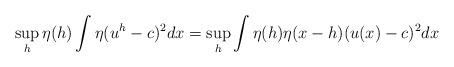
LaTeX: \begin{align*}\sup_h\eta(h)\int\eta(u^h-c)^2dx=\sup_h\int\eta(h)\eta(x-h)(u(x)-c)^2dx\end{align*}